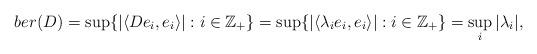
LaTeX: \begin{align*}ber(D)= \sup\{|\langle De_i, e_i \rangle|: i \in \mathbb{Z}_{+}\}= \sup\{|\langle \lambda_ie_{i}, e_i \rangle|: i \in \mathbb{Z}_{+}\}= \sup_{i}{|\lambda_i|},\end{align*}